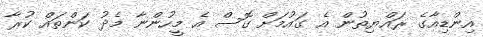
އިންޑިއާގެ ރައްޔިތުން އެ ގައުމަށް ގޮސް އެ މީހުންނާ މެދު ކަންތައް ކުރާ